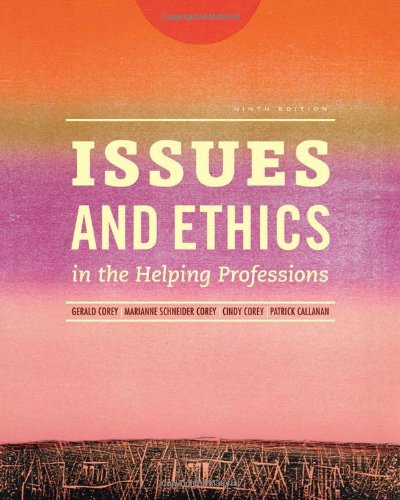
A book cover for Issues and Ethics in the Helping Professions (Book Only); Gerald Corey; Medical Books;